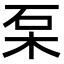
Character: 䂞